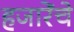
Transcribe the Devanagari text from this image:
हजारेंचे